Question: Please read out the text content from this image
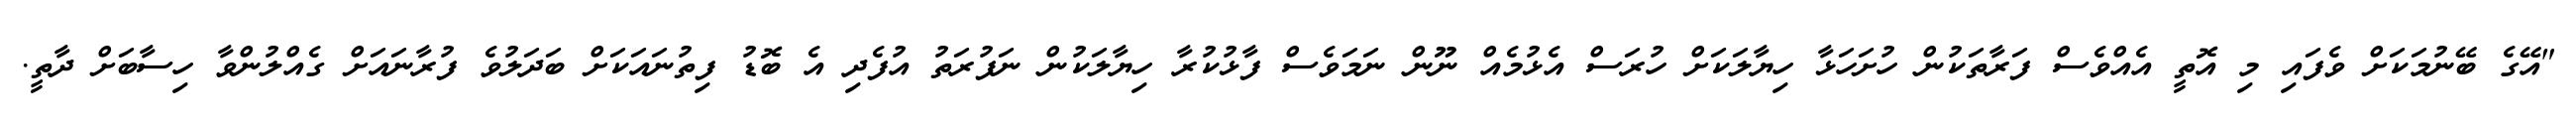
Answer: "އޭގެ ބޭނުމަކަށް ވެފައި މި އޮތީ އެއްވެސް ފަރާތަކުން ހުށަހަޅާ ހިޔާލަކަށް ހުރަސް އެޅުމެއް ނޫން ނަމަވެސް ފާޅުކުރާ ހިޔާލަކުން ނަފުރަތު އުފެދި އެ ބޮޑު ފިތުނައަކަށް ބަދަލުވެ ފުރާނައަށް ގެއްލުންވާ ހިސާބަށް ދާތީ.